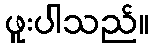
ဖူးပါသည်။